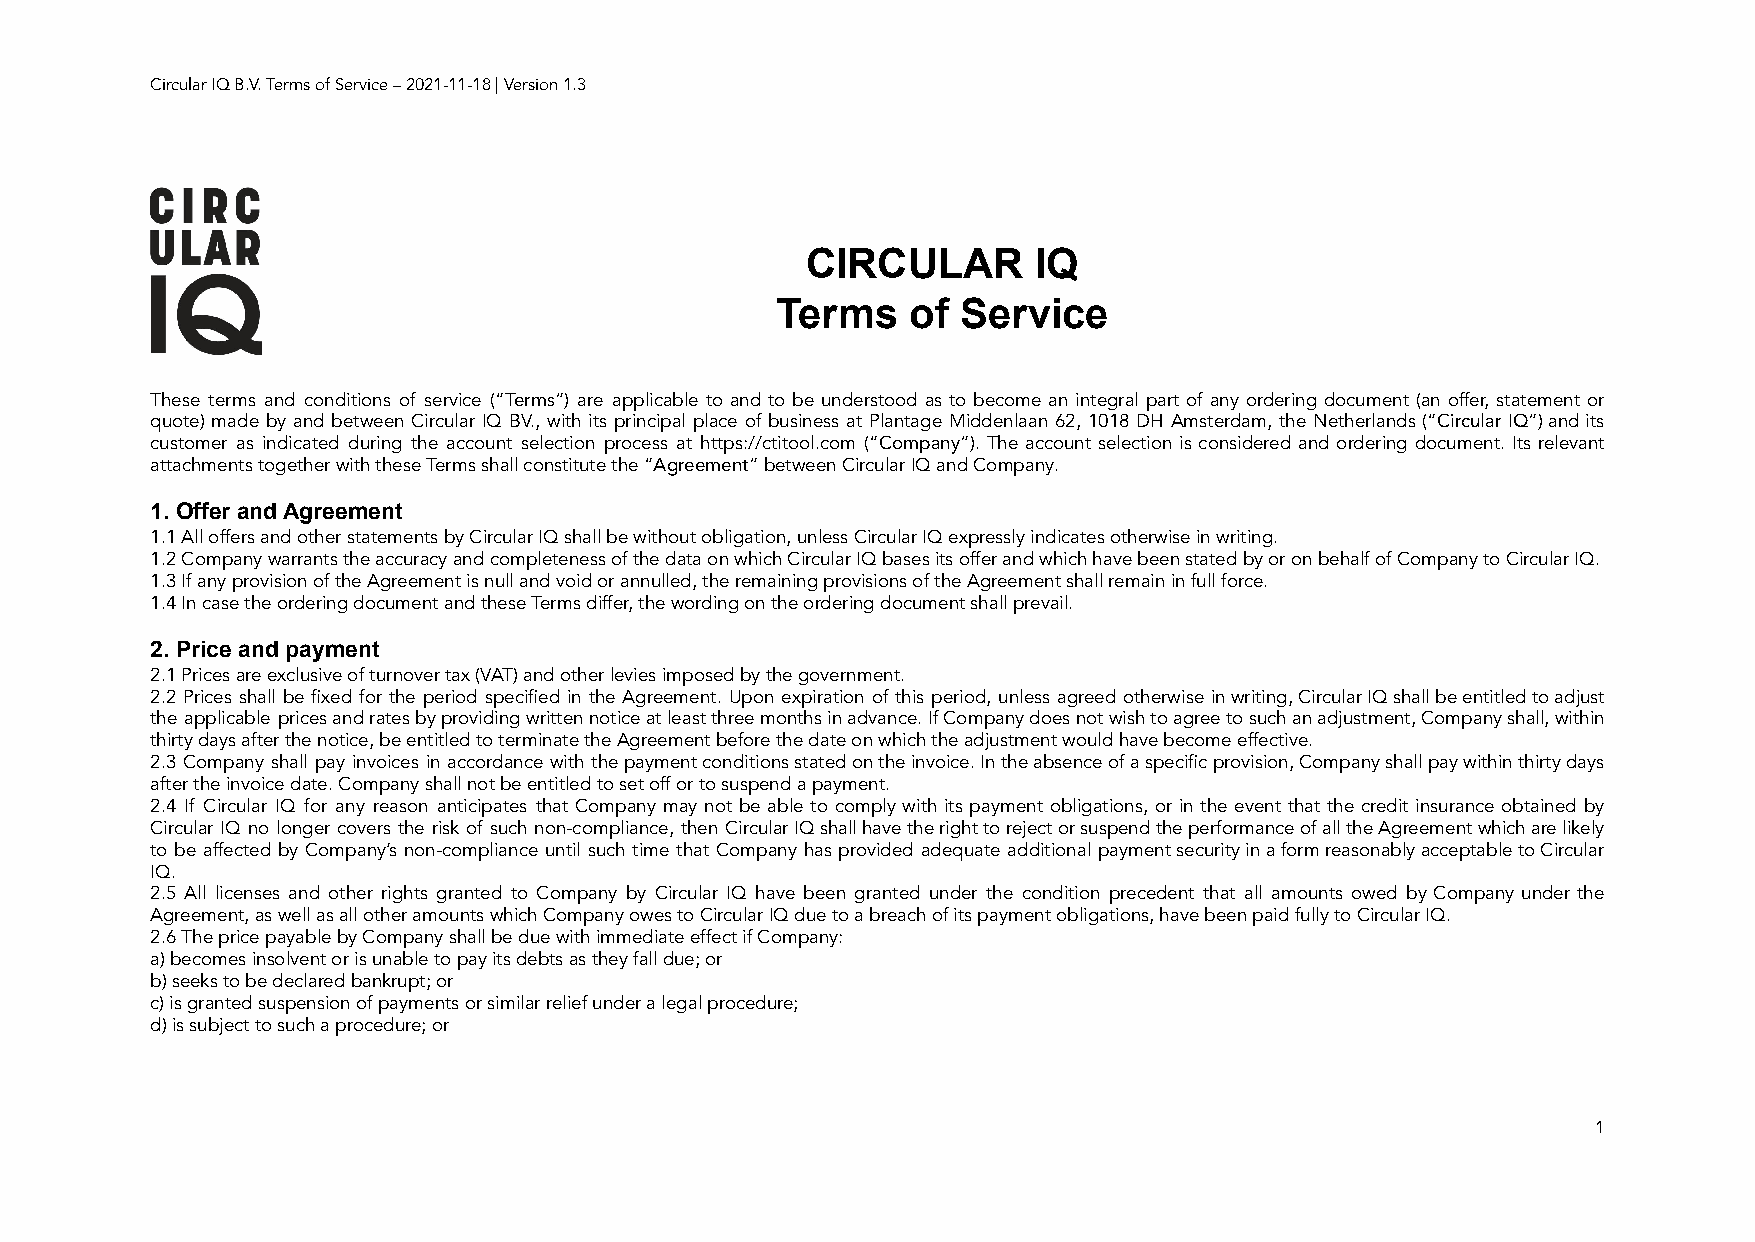
Circular IQ B.V. Terms of Service – 2021-11-18 | Version 1.3
 CIRCULAR       IQ
 Terms    of  Service
 These terms and conditions of service (“Terms”) are applicable to and to be understood as to become an integral part of any ordering document (an offer, statement or
 quote) made by and between Circular IQ BV., with its principal place of business at Plantage Middenlaan 62, 1018 DH Amsterdam, the Netherlands (“Circular IQ”)andits
 customer as indicated during the account selection process at https://ctitool.com (“Company”). The account selection is considered and ordering document. Its relevant
 attachments together with these Terms shall constitute the “Agreement” between Circular IQ and Company.
 1. Offer and Agreement
 1.1 All offers and other statements by Circular IQ shall be without obligation, unless Circular IQ expressly indicates otherwise in writing.
 1.2 Company warrants the accuracy and completeness of the data on which Circular IQ bases its offer and which have been stated by or on behalf of Company to Circular IQ.
 1.3 If any provision of the Agreement is null and void or annulled, the remaining provisions of the Agreement shall remain in full force.
 1.4 In case the ordering document and these Terms differ, the wording on the ordering document shall prevail.
 2. Price and payment
 2.1 Prices are exclusive of turnover tax (VAT) and other levies imposed by the government.
 2.2 Prices shall be fixed for the period specified in the Agreement. Upon expiration of this period, unless agreed otherwise inwriting,CircularIQshallbeentitledtoadjust
 the applicable pricesandratesbyprovidingwrittennoticeatleastthreemonthsinadvance.IfCompanydoesnotwishtoagreetosuchanadjustment,Companyshall,within
 thirty days after the notice, be entitled to terminate the Agreement before the date on which the adjustment would have become effective.
 2.3 Company shall pay invoices in accordance with thepaymentconditionsstatedontheinvoice.Intheabsenceofaspecificprovision,Companyshallpaywithinthirtydays
 after the invoice date. Company shall not be entitled to set off or to suspend a payment.
 2.4 If Circular IQ for any reason anticipates that Company may not be able to comply with its payment obligations, or in the event that the credit insurance obtained by
 Circular IQ no longer covers the risk of such non-compliance, then CircularIQshallhavetherighttorejectorsuspendtheperformanceofalltheAgreementwhicharelikely
 to be affected by Company’s non-compliance until such time that Company has provided adequate additional paymentsecurityinaformreasonablyacceptabletoCircular
 IQ.
 2.5 All licenses and other rights granted to Company by Circular IQ have been granted under the condition precedent that all amounts owed by Company under the
 Agreement, as well as all other amounts which Company owes to Circular IQ due to a breach of its payment obligations, have been paid fully to Circular IQ.
 2.6 The price payable by Company shall be due with immediate effect if Company:
 a) becomes insolvent or is unable to pay its debts as they fall due; or
 b) seeks to be declared bankrupt; or
 c) is granted suspension of payments or similar relief under a legal procedure;
 d) is subject to such a procedure; or
 1